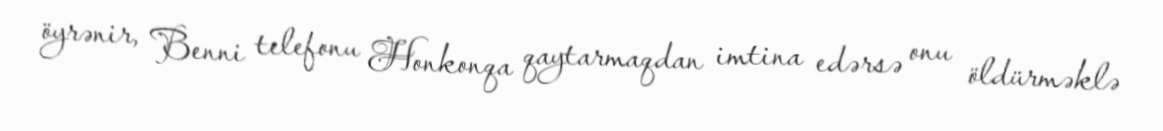
öyrənir, Benni telefonu Honkonqa qaytarmaqdan imtina edərsə onu öldürməklə